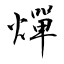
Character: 燀